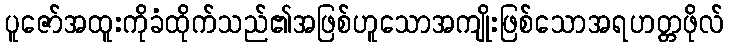
ပူဇော်အထူးကိုခံထိုက်သည်၏အဖြစ်ဟူသောအကျိုးဖြစ်သောအရဟတ္တဖိုလ်